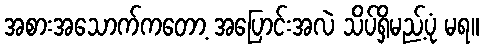
အစားအသောက်ကတော့ အပြောင်းအလဲ သိပ်ရှိမည့်ပုံ မရ။